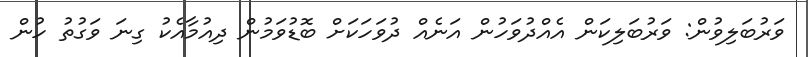
ވަރުބަލިވުން: ވަރުބަލިކަން އެއްދުވަހުން އަނެއް ދުވަހަކަށް ބޮޑުވަމުން ދިއުމާއެކު ގިނަ ވަގުތު ހުން